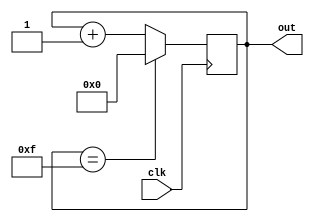
`timescale 1ns / 1ps

// Shahria Abeed
// Lab 4 Quesiton 4.2.A.1
// 4-Bit Counter
// Counts from 0 to 15 and then loops back to 0 - updating at each positive edge of the Clock signal 

module lab_4_counter(
    input clk, 
    output [3:0]out
    );
    
    reg [3:0]count = 1'b0;
    assign out = count;
    always@(posedge clk) begin
        if (count == 4'd15) 
            count <= 1'b0;
            
        else
            count <= count + 1'b1;
    end

endmodule